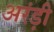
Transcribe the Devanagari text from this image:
अरंड़ी